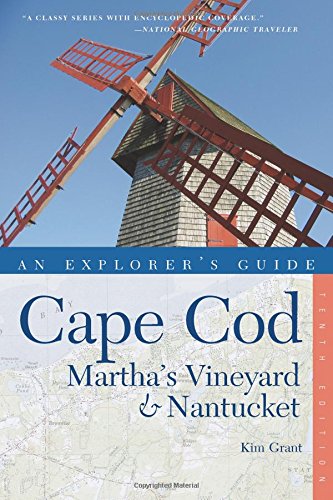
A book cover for Explorer's Guide Cape Cod, Martha's Vineyard & Nantucket (Tenth)  (Explorer's Complete); Kim Grant; Travel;